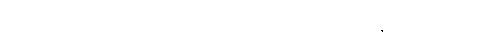
တိဘက်၊ စီချွမ်း၊ ချင်းဟိုင်စတဲ့ ပြည်နယ်မှာ နေကြပါတယ်။